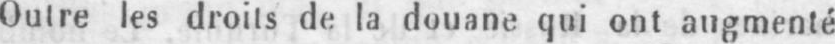
Outre les droits de la douane qui ont augmenté